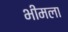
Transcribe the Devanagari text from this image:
भीमला